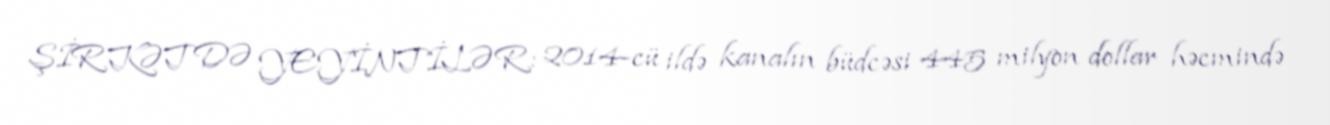
ŞİRKƏTDƏ YEYİNTİLƏR: 2014-cü ildə kanalın büdcəsi 445 milyon dollar həcmində